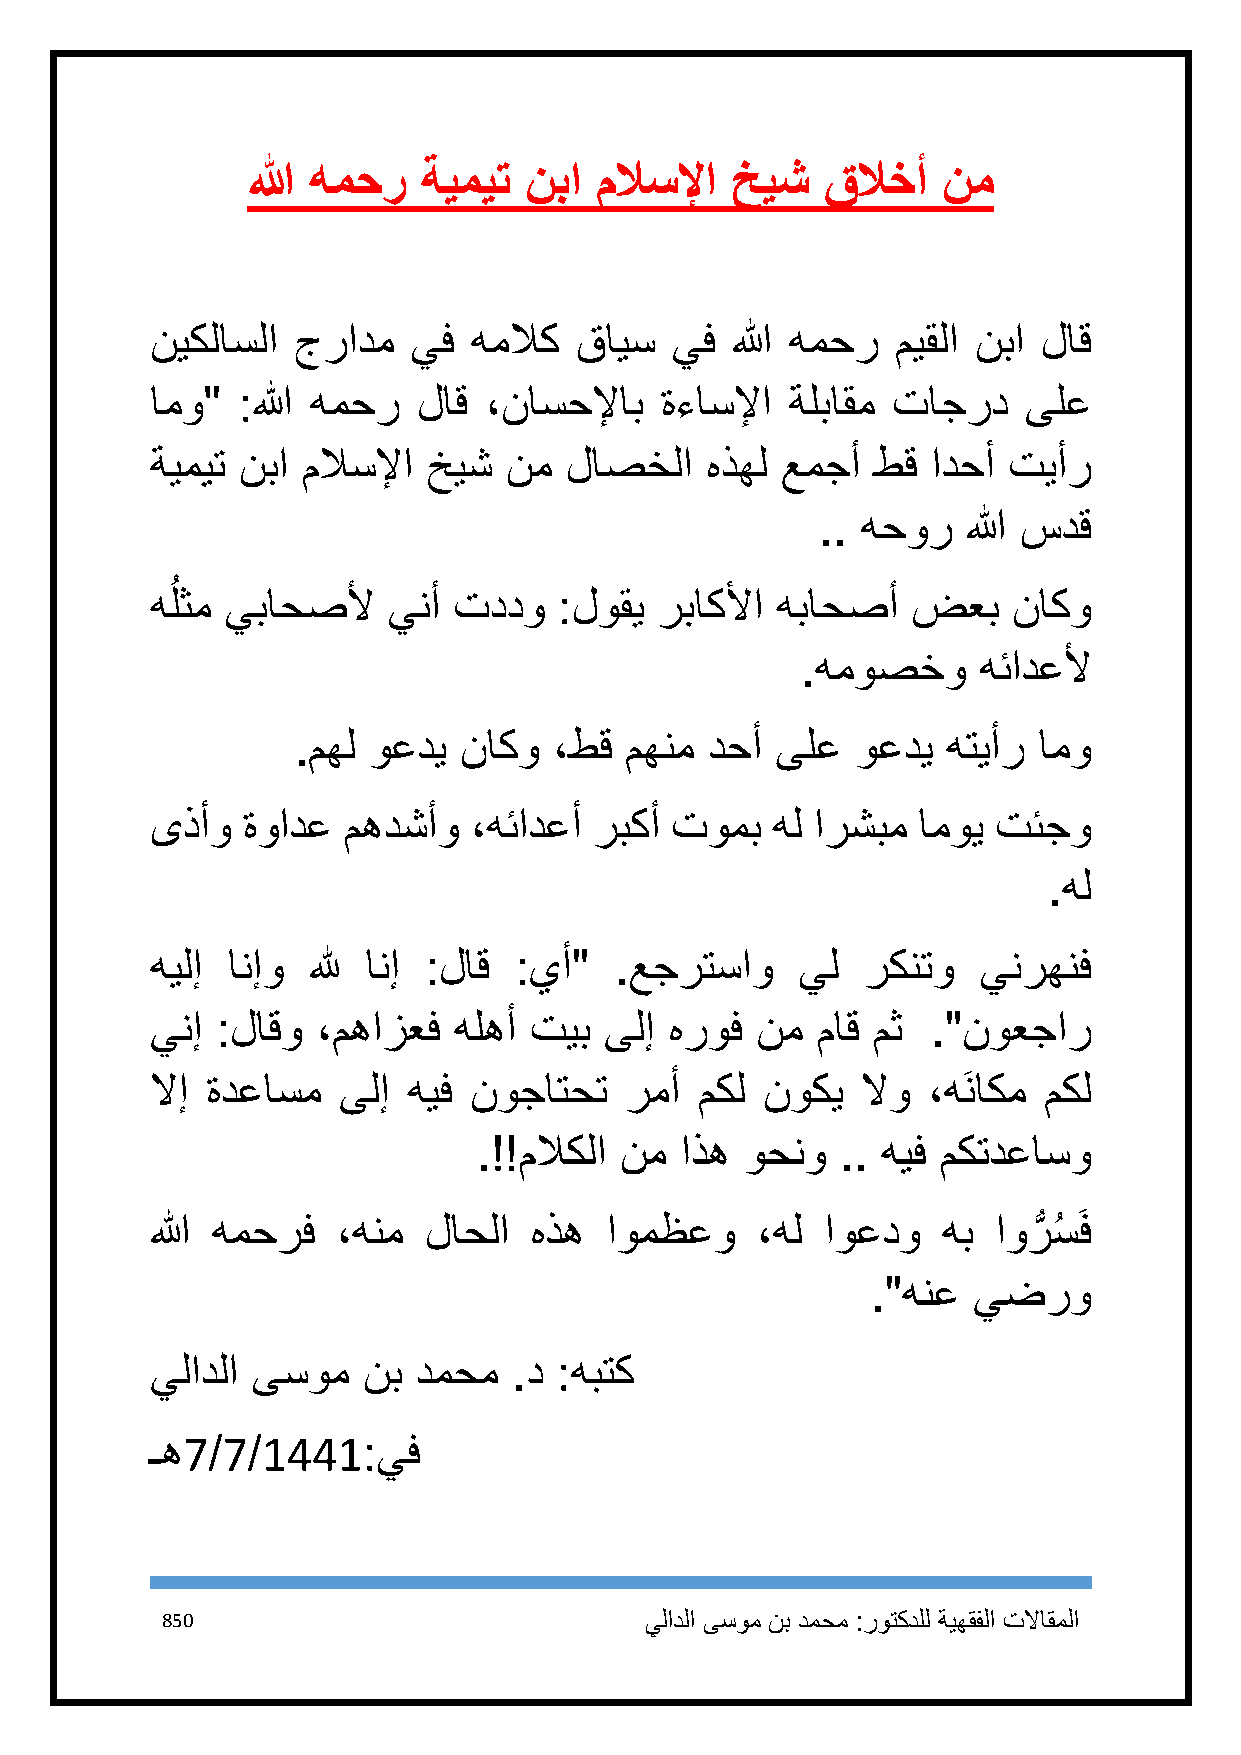
الله همحر   ةيميت  نبا ملاسلإا  خيش    قلاخأ  نم
 نيكلاسلا جرادم   يف  هملاك  قايس  يف  الله همحر  ميقلا نبا لاق
 امو"  :الله همحر  لاق ،ناسحلإاب   ةءاسلإا ةلباقم تاجرد    ىلع
 ةيميت نبا ملاسلإا خيش  نم  لاصخلا    هذهل عمجأ  طق  ادحأ تيأر
 .. هحور   الله سدق
 ُ
 هلثم يباحصلأ    ينأ تددو   :لوقي  رباكلأا هباحصأ  ضعب    ناكو
 .هموصخو     هئادعلأ
 .مهل وعدي  ناكو   ،طق مهنم  دحأ ىلع   وعدي  هتيأر امو
 ىذأو  ةوادع  مهدشأو  ،هئادعأ ربكأ تومب   هل ارشبم  اموي تئجو
 .هل
 هيلإ انإو لله انإ :لاق  :يأ"   .عجرتساو    يل  ركنتو   ينرهنف
 ينإ :لاقو  ،مهازعف  هلهأ تيب  ىلإ هروف  نم  ماق مث  ."نوعجار
 لاإ ةدعاسم  ىلإ  هيف نوجاتحت   رمأ  مكل  نوكي  لاو ،هَناكم مكل
 .!!ملاكلا نم اذه وحنو   .. هيف مكتدعاسو
 الله همحرف  ،هنم  لاحلا  هذه  اومظعو    ،هل  اوعدو  هب  اورُّ سُ َف
 ."هنع يضرو
 يلادلا ىسوم   نب دمحم   .د :هبتك
 ـه7/7/1441:يف
 851                             يلادلا ىسوم نب دمحم :روتكدلل ةيهقفلا تلااقملا